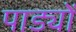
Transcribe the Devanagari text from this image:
पाड्यों